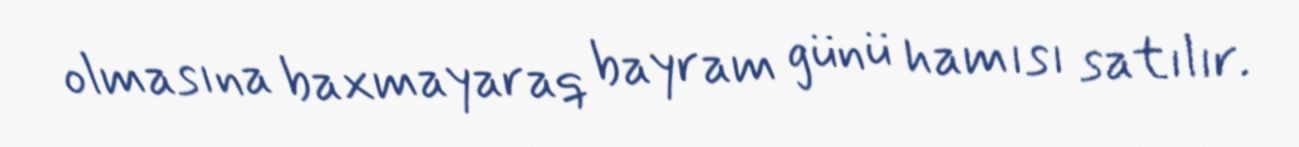
olmasına baxmayaraq bayram günü hamısı satılır.